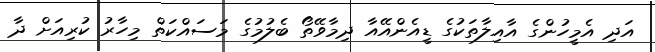
އަދި އެމީހުންގެ އާއިލާތަކުގެ ޑީއެންއޭއާ ދިމާވޭތޯ ބެލުމުގެ މަސައްކަތް މިހާރު ކުރިއަށް ދާ